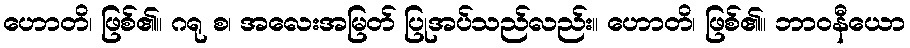
ဟောတိ၊ ဖြစ်၏။ ဂရု စ၊ အလေးအမြတ် ပြုအပ်သည်လည်း။ ဟောတိ၊ ဖြစ်၏။ ဘာဝနီယော